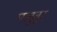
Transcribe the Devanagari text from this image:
पलुवुर